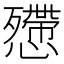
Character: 𢤔